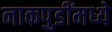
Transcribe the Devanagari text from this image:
नाकपुडींमध्ये